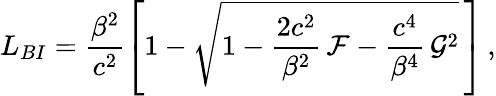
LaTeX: L_{BI}=\frac{\beta^{2}}{c^{2}}\left[1-\sqrt{1-\frac{2c^{2}}{\beta^{2}}\, \mathcal{F}-\frac{c^{4}}{\beta^{4}}\, \mathcal{G}^{2}}\, \right]\, ,